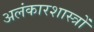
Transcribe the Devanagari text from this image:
अलंकारशास्त्रों